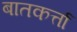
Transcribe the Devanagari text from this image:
बातकर्त्ता